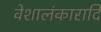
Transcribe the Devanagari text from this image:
वेशालंकारादि